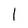
Character: 1